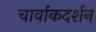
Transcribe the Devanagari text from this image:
चार्वाकदर्शन